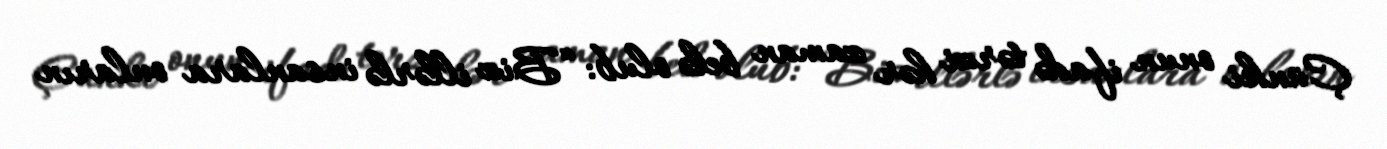
Çünki onun ifadə tərzi hər zaman belə olub: “Biz illərlə insanlara onların